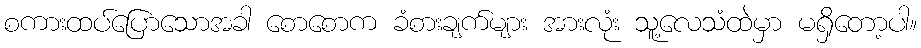
စကားထပ်ပြောသောအခါ စောစောက ခံစားချက်များ အားလုံး သူ့လေသံထဲမှာ မရှိတော့ပါ။